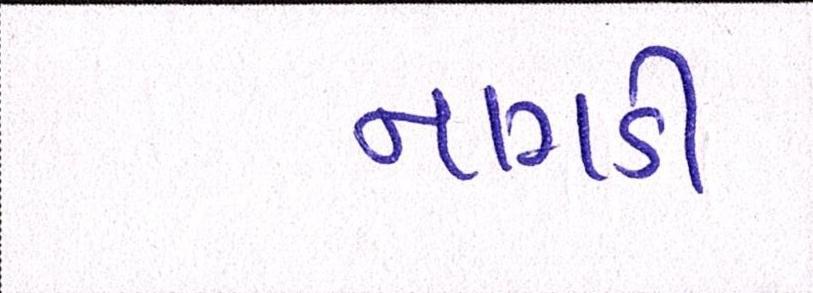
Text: નાગડી